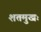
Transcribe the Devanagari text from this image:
शतमुखः